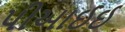
પીઆઈઈ